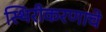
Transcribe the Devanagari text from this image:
स्थिरीकरणाचे